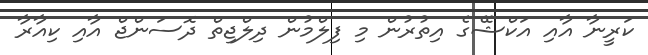
ކަރީނާ އާއި އަކްޝޭގެ އިތުރުން މި ފިލްމުން ދިލްޖިތް ދޮސަންޖް އާއި ކިއާރާ